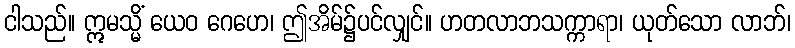
ငါသည်။ ဣမသ္မိံ ယေဝ ဂေဟေ၊ ဤအိမ်၌ပင်လျှင်။ ဟတလာဘသက္ကာရာ၊ ယုတ်သော လာဘ်၊